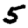
Digit: 5